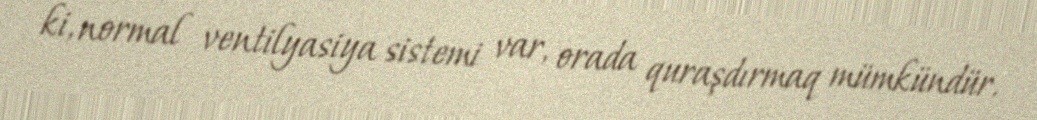
ki, normal ventilyasiya sistemi var, orada quraşdırmaq mümkündür.